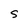
Character: S